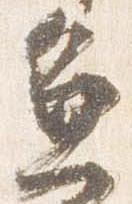
兼